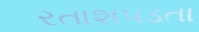
રતાશપડતા